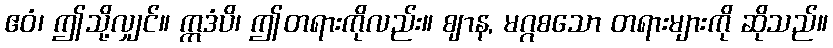
ဧဝံ၊ ဤသို့လျှင်။ ဣဒံပိ၊ ဤတရားကိုလည်း။ ဈာန, မဂ္ဂစသော တရားများကို ဆိုသည်။